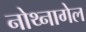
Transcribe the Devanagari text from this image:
नोथ्नागेल